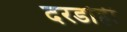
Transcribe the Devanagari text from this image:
दरडोही